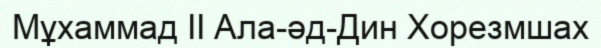
Мұхаммад ІІ Ала-әд-Дин Хорезмшах